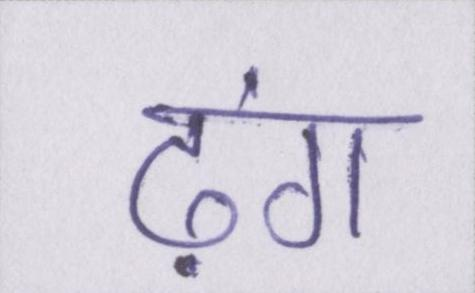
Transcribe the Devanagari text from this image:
ढ़ंग